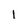
Character: I